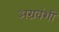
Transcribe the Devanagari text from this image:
अग्रवंशी